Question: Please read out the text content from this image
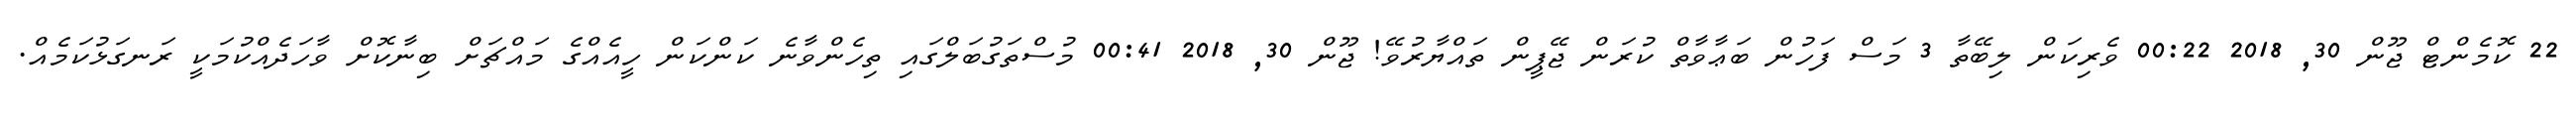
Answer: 22 ކޮމެންޓް ޖޫން 30, 2018 00:22 ވެރިކަން ލިބޭތާ 3 މަސް ފަހުން ބަޢާވާތް ކުރަން ޖޭޕީން ތައްޔާރުވޭ! ޖޫން 30, 2018 00:41 މުސްތަގުބަލްގައި ތިހެންވާނެ ކަންކަން ހީއެއްގެ މައްޗަށް ބިނާކޮށް ވާހަދެއްކުމަކީ ރަނގަޅުކަމެއް.